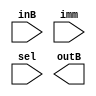
 module MUX(inB,imm,sel,outB);
    output [7:0] outB;
    input [7:0] inB,imm;
    input sel;
    assign out=sel?imm:inB;
 endmodule